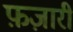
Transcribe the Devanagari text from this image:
फ़ज़ारी